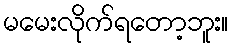
မမေးလိုက်ရတော့ဘူး။